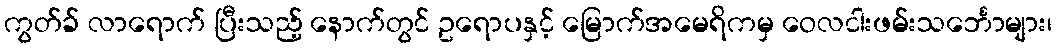
ကွတ်ခ် လာရောက် ပြီးသည့် နောက်တွင် ဥရောပနှင့် မြောက်အမေရိကမှ ဝေလငါးဖမ်းသင်္ဘောများ၊